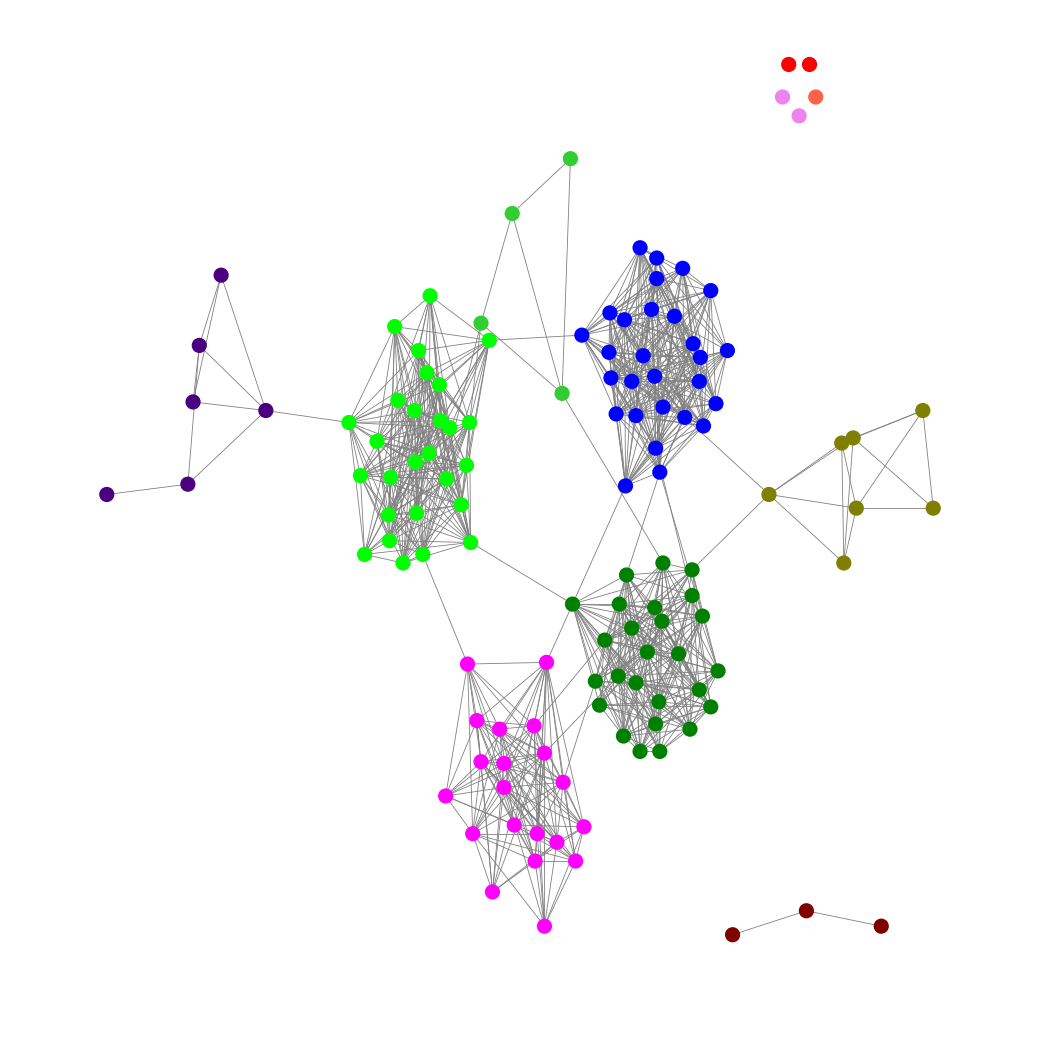
Graph connected: No
Number of connected components: 7
Number of singletons: 5
Total number of nodes: 126
Total number of edges: 900
Number of communities: 11
Community sizes:
Blue: 28
Fuchsia: 20
Green: 26
Indigo: 6
Lime: 27
Lime Green: 4
Maroon: 3
Olive: 7
Red: 2
Tomato: 1
Violet: 2
Graph layout: tda
Graph generation method: erdos_renyi